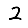
Digit: 2